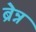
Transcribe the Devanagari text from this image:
ब्रेन्न